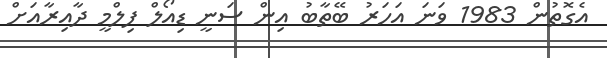
އެގޮތުން 1983 ވަނަ އަހަރު ބޭތާބު އިން ސަނީ ޑިއޯލް ފިލްމީ ދާއިރާއަށް